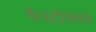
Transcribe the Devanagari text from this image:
पैनटोफल